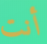
أنت